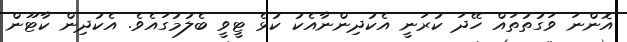
އޮންނަ ވަގުތުތައް ހޭދަ ކުރަނީ އެކުދިންނާއެކު ކުޅެ ޓީވީ ބެލުމުގައެވެ. އެކުދިން ކާޓޫން